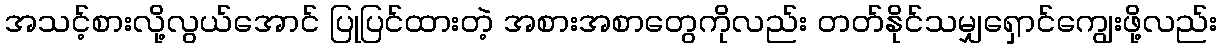
အသင့်စားလို့လွယ်အောင် ပြုပြင်ထားတဲ့ အစားအစာတွေကိုလည်း တတ်နိုင်သမျှရှောင်ကျွေးဖို့လည်း